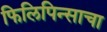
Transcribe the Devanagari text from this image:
फिलिपिन्साचा